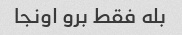
بله فقط برو اونجا